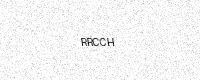
Text: RRCCH